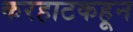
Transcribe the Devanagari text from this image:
करहाटकहून